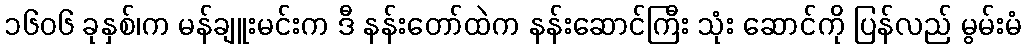
၁၆၀၆ ခုနှစ်၊က မန်ချူးမင်းက ဒီ နန်းတော်ထဲက နန်းဆောင်ကြီး သုံး ဆောင်ကို ပြန်လည် မွမ်းမံ